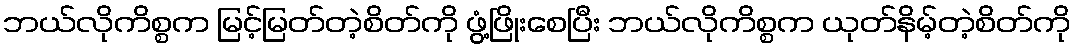
ဘယ်လိုကိစ္စက မြင့်မြတ်တဲ့စိတ်ကို ဖွံ့ဖြိုးစေပြီး ဘယ်လိုကိစ္စက ယုတ်နိမ့်တဲ့စိတ်ကို